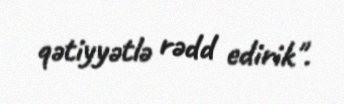
qətiyyətlə rədd edirik".